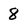
Character: 8